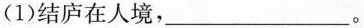
(1)结庐在人境，___。